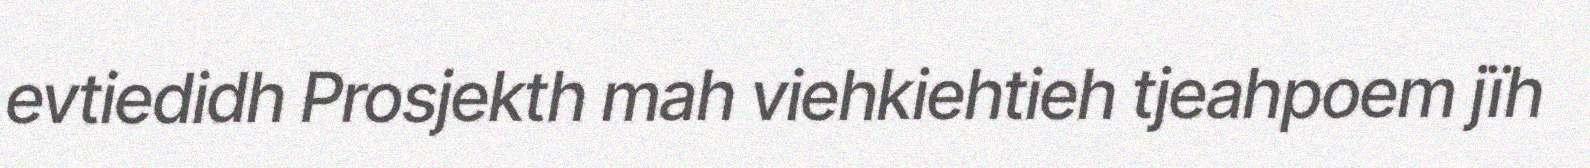
evtiedidh Prosjekth mah viehkiehtieh tjeahpoem jïh